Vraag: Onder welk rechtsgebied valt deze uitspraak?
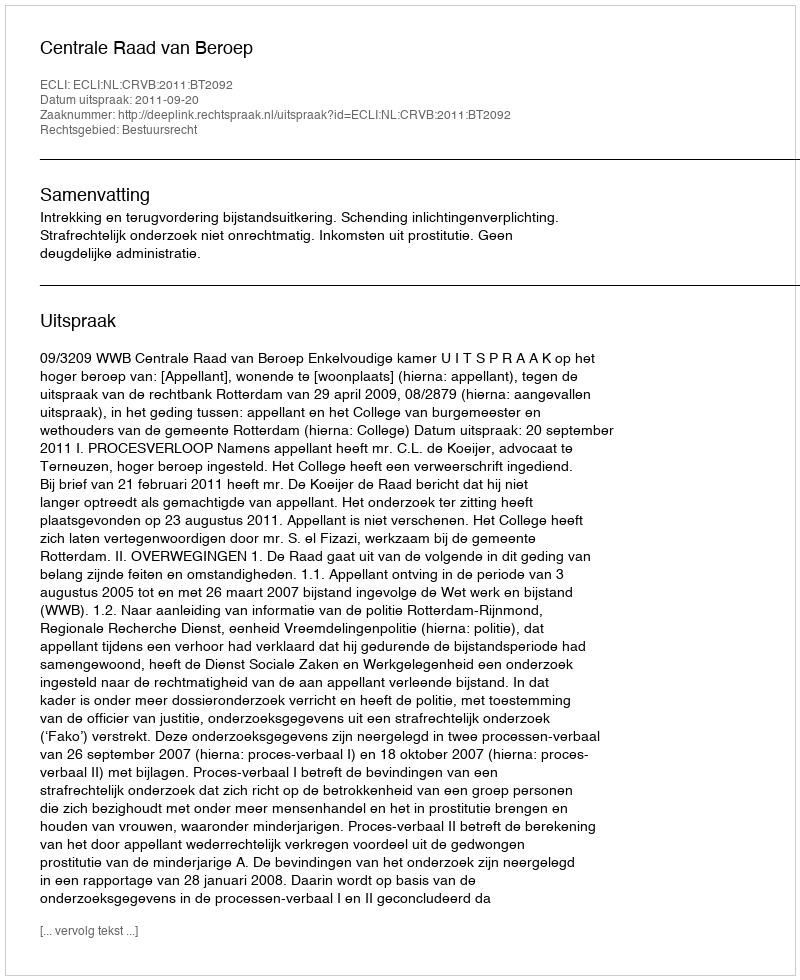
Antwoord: Bestuursrecht